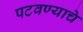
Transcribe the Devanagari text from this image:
पटवण्याचे